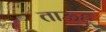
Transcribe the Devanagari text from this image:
ताऊहू